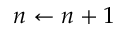
n \gets n + 1